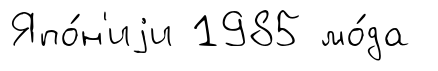
Япо́н'иjи 1985 мо́да